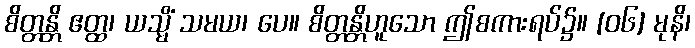
စိတ္တန္တိ ဧတ္ထ၊ ယသ္မိံ သမယ၊ ပေ။ စိတ္တန္တိဟူသော ဤစကားရပ်၌။ [၀၆] မုနိ၊